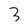
Character: 3